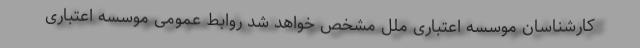
کارشناسان موسسه اعتباری ملل مشخص خواهد شد روابط عمومی موسسه اعتباری